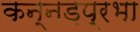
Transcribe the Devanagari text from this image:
कन्नड़प्रभा